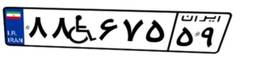
۸۸W۶۷۵۵۹